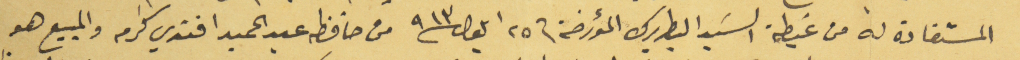
المستفادة له من غبطة السَيد البطريرك المؤرخة في ٢٥ ايلول سنة ٩١٣ من حافظه عبد الحميد افندي كرم والمبيع هو